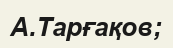
А.Тарғақов;